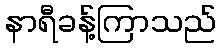
နာရီခန့်ကြာသည်